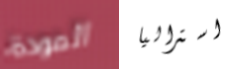
المودة استراليا